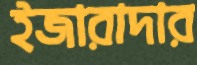
ইজারাদার